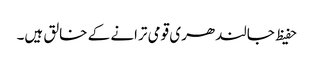
حفیظ جالندھری قومی ترانے کے خالق ہیں۔